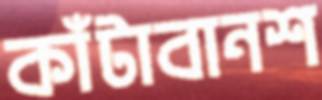
কাঁটাবানশ